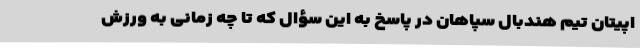
اپیتان تیم هندبال سپاهان در پاسخ به این سؤال که تا چه زمانی به ورزش